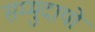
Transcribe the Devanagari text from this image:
सम्मुदायों